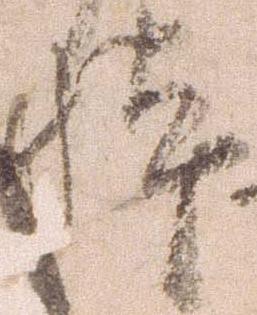
体